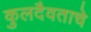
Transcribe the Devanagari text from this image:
कुलदैवताचे